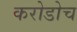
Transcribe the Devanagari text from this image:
करोडोच